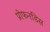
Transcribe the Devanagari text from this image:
प्रोफनडिस